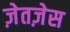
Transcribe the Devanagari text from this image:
ज़ेतज़ेस